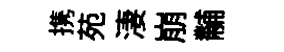
携苑淒崩黼